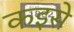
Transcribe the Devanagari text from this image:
कइसे